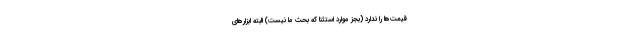
قیمت‌ها را ندارد (بجز موارد استثنا که بحث ما نیست) البته ابزارهای